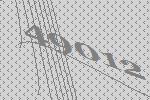
49012